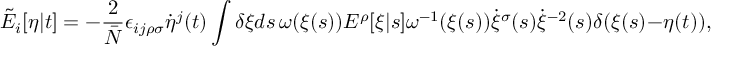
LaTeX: \tilde { E } _ { i } [ \eta | t ] = - \frac { 2 } { \bar { N } } \epsilon _ { i j \rho \sigma } \dot { \eta } ^ { j } ( t ) \int \delta \xi d s \, \omega ( \xi ( s ) ) E ^ { \rho } [ \xi | s ] \omega ^ { - 1 } ( \xi ( s ) ) \dot { \xi } ^ { \sigma } ( s ) \dot { \xi } ^ { - 2 } ( s ) \delta ( \xi ( s ) - \eta ( t ) ) ,